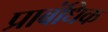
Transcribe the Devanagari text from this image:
प्राबंधिक